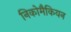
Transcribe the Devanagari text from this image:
निकोमैकियन